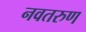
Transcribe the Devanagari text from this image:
नवतरुण